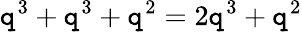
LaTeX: \mathtt{q}^{3}+\mathtt{q}^{3}+\mathtt{q}^{2}=2\mathtt{q}^{3}+\mathtt{q}^{2}